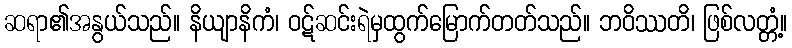
ဆရာ၏အနွယ်သည်။ နိယျာနိကံ၊ ဝဋ်ဆင်းရဲမှထွက်မြောက်တတ်သည်။ ဘဝိဿတိ၊ ဖြစ်လတ္တံ့။